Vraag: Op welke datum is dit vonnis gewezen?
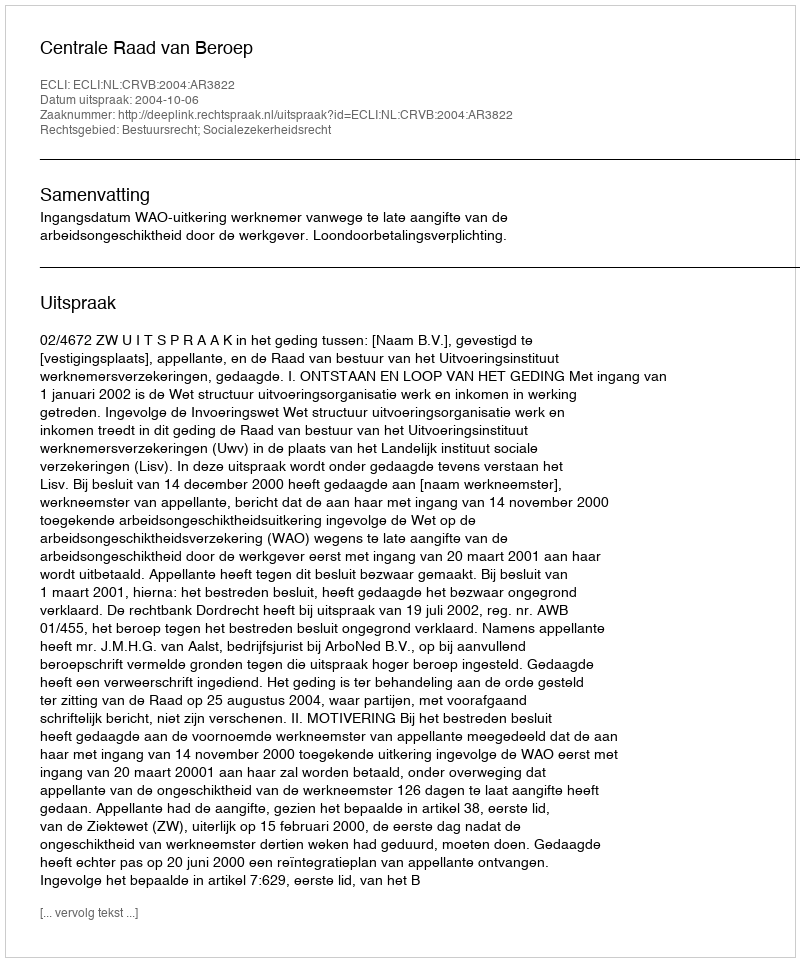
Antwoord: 2004-10-06